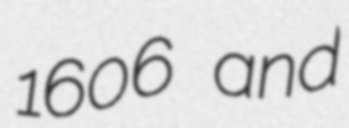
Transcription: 1606 and